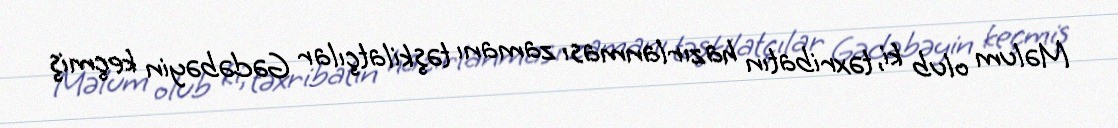
Məlum olub ki, təxribatın hazırlanması zamanı təşkilatçılar Gədəbəyin keçmiş